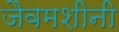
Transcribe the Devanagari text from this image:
जैवमशीनी